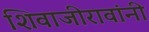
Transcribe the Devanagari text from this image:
शिवाजीरावांनी